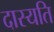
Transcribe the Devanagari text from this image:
दास्यति